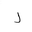
Letter: _ra